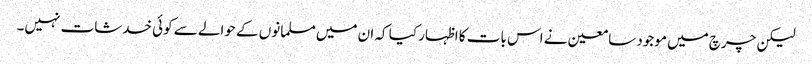
لیکن چرچ میں موجود سامعین نے اس بات کا اظہار کیا کہ ان میں مسلمانوں کے حوالے سے کوئی خدشات نہیں۔